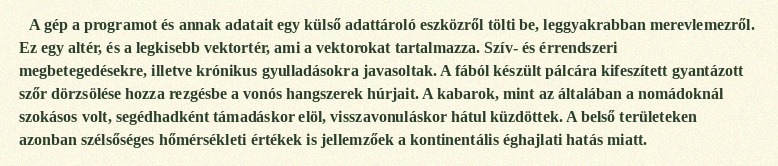
A gép a programot és annak adatait egy külső adattároló eszközről tölti be, leggyakrabban merevlemezről. Ez egy altér, és a legkisebb vektortér, ami a vektorokat tartalmazza. Szív- és érrendszeri megbetegedésekre, illetve krónikus gyulladásokra javasoltak. A fából készült pálcára kifeszített gyantázott szőr dörzsölése hozza rezgésbe a vonós hangszerek húrjait. A kabarok, mint az általában a nomádoknál szokásos volt, segédhadként támadáskor elöl, visszavonuláskor hátul küzdöttek. A belső területeken azonban szélsőséges hőmérsékleti értékek is jellemzőek a kontinentális éghajlati hatás miatt.